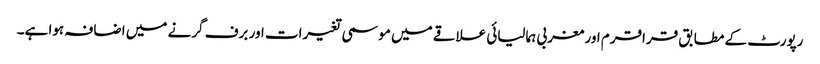
رپورٹ کے مطابق قراقرم اور مغربی ہمالیائی علاقے میں موسمی تغیرات اور برف گرنے میں اضافہ ہوا ہے۔